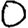
Digit: 0